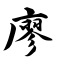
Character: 廖